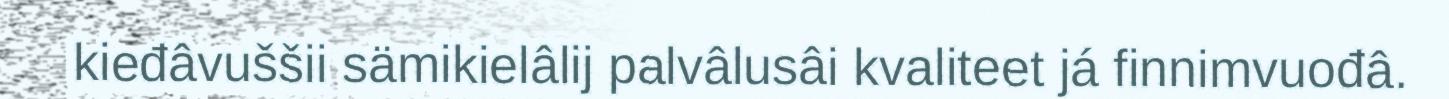
kieđâvuššii sämikielâlij palvâlusâi kvaliteet já finnimvuođâ.